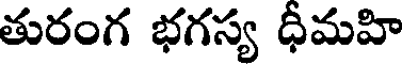
తురంగ భగస్య ధీమహి